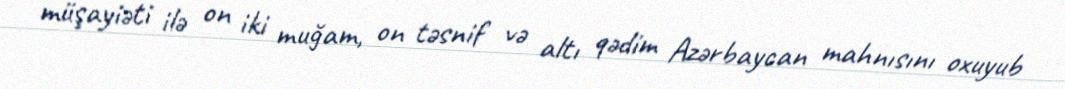
müşayiəti ilə on iki muğam, on təsnif və altı qədim Azərbaycan mahnısını oxuyub